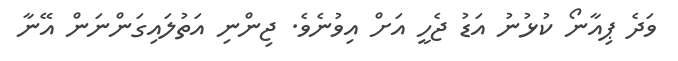
ވަދެ ޕިއާނޯ ކުޅުނު އަޑު ޖެހީ އަށް އިވުނެވެ. ޖިންނި އަތުލައިގަންނަން އޭނާ